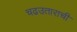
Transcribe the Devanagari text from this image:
चढउताराची